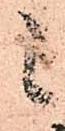
候